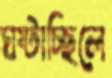
ঘষ্‌টাচ্ছিলে